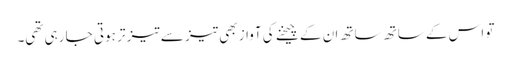
تو اس کے ساتھ ساتھ ان کے چیخنے کی آواز بھی تیز سے تیز تر ہوتی جا رہی تھی۔